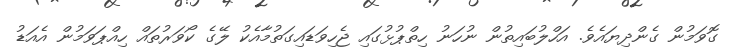
ގޮވަމުން ގެންދިޔައެވެ. އަހްލުބައިތުން ނުހަނު ހިތްޕުޅުގައި ޖެހިވަޑައިގަތުމާއެކު ލޭގެ ކޯވަރުތައް ހިއްޕަވަމުން އެއަޑު